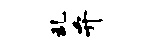
乱弁